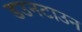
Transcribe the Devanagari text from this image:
डउनटाउन